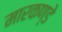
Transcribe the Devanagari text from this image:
मारकण्डे